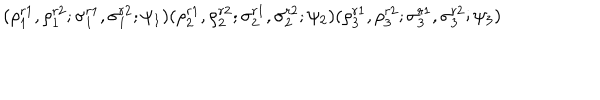
( \rho _ { 1 } ^ { r 1 } , \rho _ { 1 } ^ { r 2 } ; \sigma _ { 1 } ^ { r 1 } , \sigma _ { 1 } ^ { r 2 } ; \psi _ { 1 } ) ( \rho _ { 2 } ^ { r 1 } , \rho _ { 2 } ^ { r 2 } ; \sigma _ { 2 } ^ { r 1 } , \sigma _ { 2 } ^ { r 2 } ; \psi _ { 2 } ) ( \rho _ { 3 } ^ { r 1 } , \rho _ { 3 } ^ { r 2 } ; \sigma _ { 3 } ^ { r 1 } , \sigma _ { 3 } ^ { r 2 } ; \psi _ { 3 } )